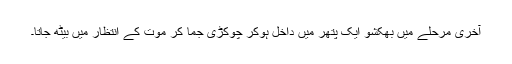
آخری مرحلے میں بھکشو ایک پتھر میں داخل ہوکر چوکڑی جما کر موت کے انتظار میں بیٹھ جاتا۔